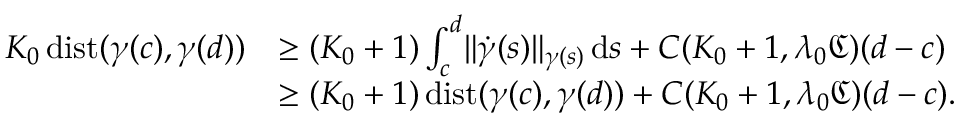
\begin{array} { r l } { K _ { 0 } \, \mathrm { d i s t } ( \gamma ( c ) , \gamma ( d ) ) } & { \geq ( K _ { 0 } + 1 ) \int _ { c } ^ { d } \lVert \dot { \gamma } ( s ) \rVert _ { \gamma ( s ) } \, \mathrm { d } s + C ( K _ { 0 } + 1 , \lambda _ { 0 } { \mathfrak C } ) ( d - c ) } \\ & { \geq ( K _ { 0 } + 1 ) \, \mathrm { d i s t } ( \gamma ( c ) , \gamma ( d ) ) + C ( K _ { 0 } + 1 , \lambda _ { 0 } { \mathfrak C } ) ( d - c ) . } \end{array}